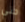
حتى